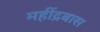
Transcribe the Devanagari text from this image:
महींद्रबास